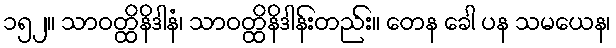
၁၅၂။ သာဝတ္ထိနိဒါနံ၊ သာဝတ္ထိနိဒါန်းတည်း။ တေန ခေါ ပန သမယေန၊